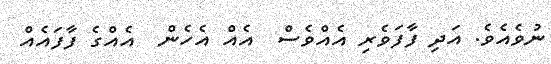
ނުވެއެވެ. އަދި ފާފަވެރި އެއްވެސް  އެއް އެހެން  އެއްގެ ފާފައެއް